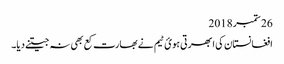
26 ستمبر 2018
افغانستان کی ابھرتی ہویٔ ٹیم نے بھارت کع بھی نہ جیتنے دیا۔